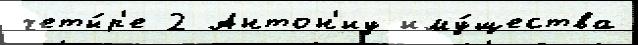
четы́р'е 2 Антон'иу иму́щества